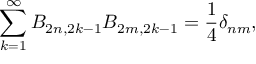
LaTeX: \sum _ { k = 1 } ^ { \infty } B _ { 2 n , 2 k - 1 } B _ { 2 m , 2 k - 1 } = \frac { 1 } { 4 } \delta _ { n m } ,